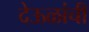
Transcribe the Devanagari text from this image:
देऊळांची